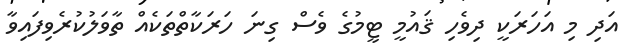
އަދި މި އަހަރަކީ ދިވެހި ޤައުމީ ޓީމުގެ ވެސް ގިނަ ހަރަކާތްތަކެއް ތާވަލުކުރެވިފައިވާ